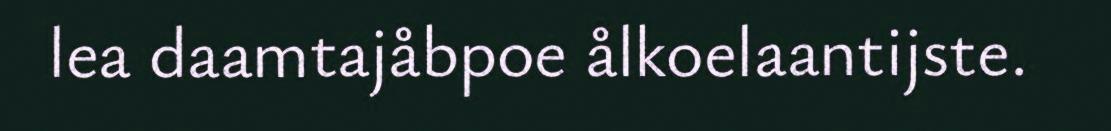
lea daamtajåbpoe ålkoelaantijste.